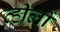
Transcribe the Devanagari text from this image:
व्हीलों